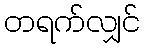
တရက်လျှင်